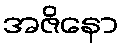
အဇိနော